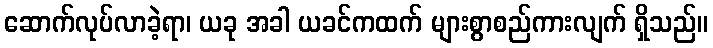
ဆောက်လုပ်လာခဲ့ရာ၊ ယခု အခါ ယခင်ကထက် များစွာစည်ကားလျက် ရှိသည်။